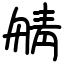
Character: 䑶